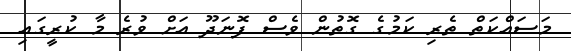
މަސައްކަތް ތެރި ކަމުގެ ގޮތުން ވެސް ފޮނަދޫ އަށް ވުރެ މާ ކުރީގައި